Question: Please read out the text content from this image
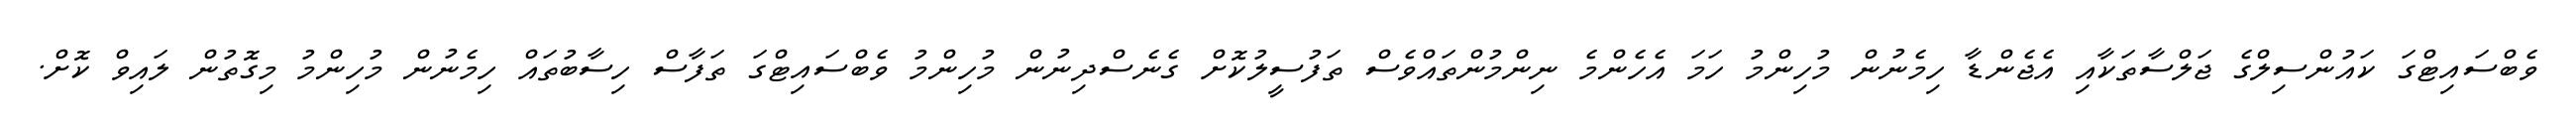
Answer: ވެބްސައިޓްގަ ކައުންސިލްގެ ޖަލްސާތަކާއި އެޖެންޑާ ހިމެނުން މުހިންމު ހަމަ އެހެންމެ ނިންމުންތައްވެސް ތަފުސީލުކޮށް ގެނެސްދިނުން މުހިންމު ވެބްސައިޓްގަ ތަފާސް ހިސާބުތައް ހިމެނުން މުހިންމު މިގޮތުން ލައިވް ކޮށް.